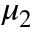
\mu _ { 2 }